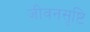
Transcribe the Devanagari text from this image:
जीवनसृष्टि